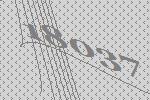
18037